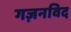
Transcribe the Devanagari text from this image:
गज़नविद